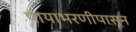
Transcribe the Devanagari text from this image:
पायाभरणीपासून